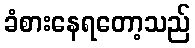
ခံစားနေရတော့သည်